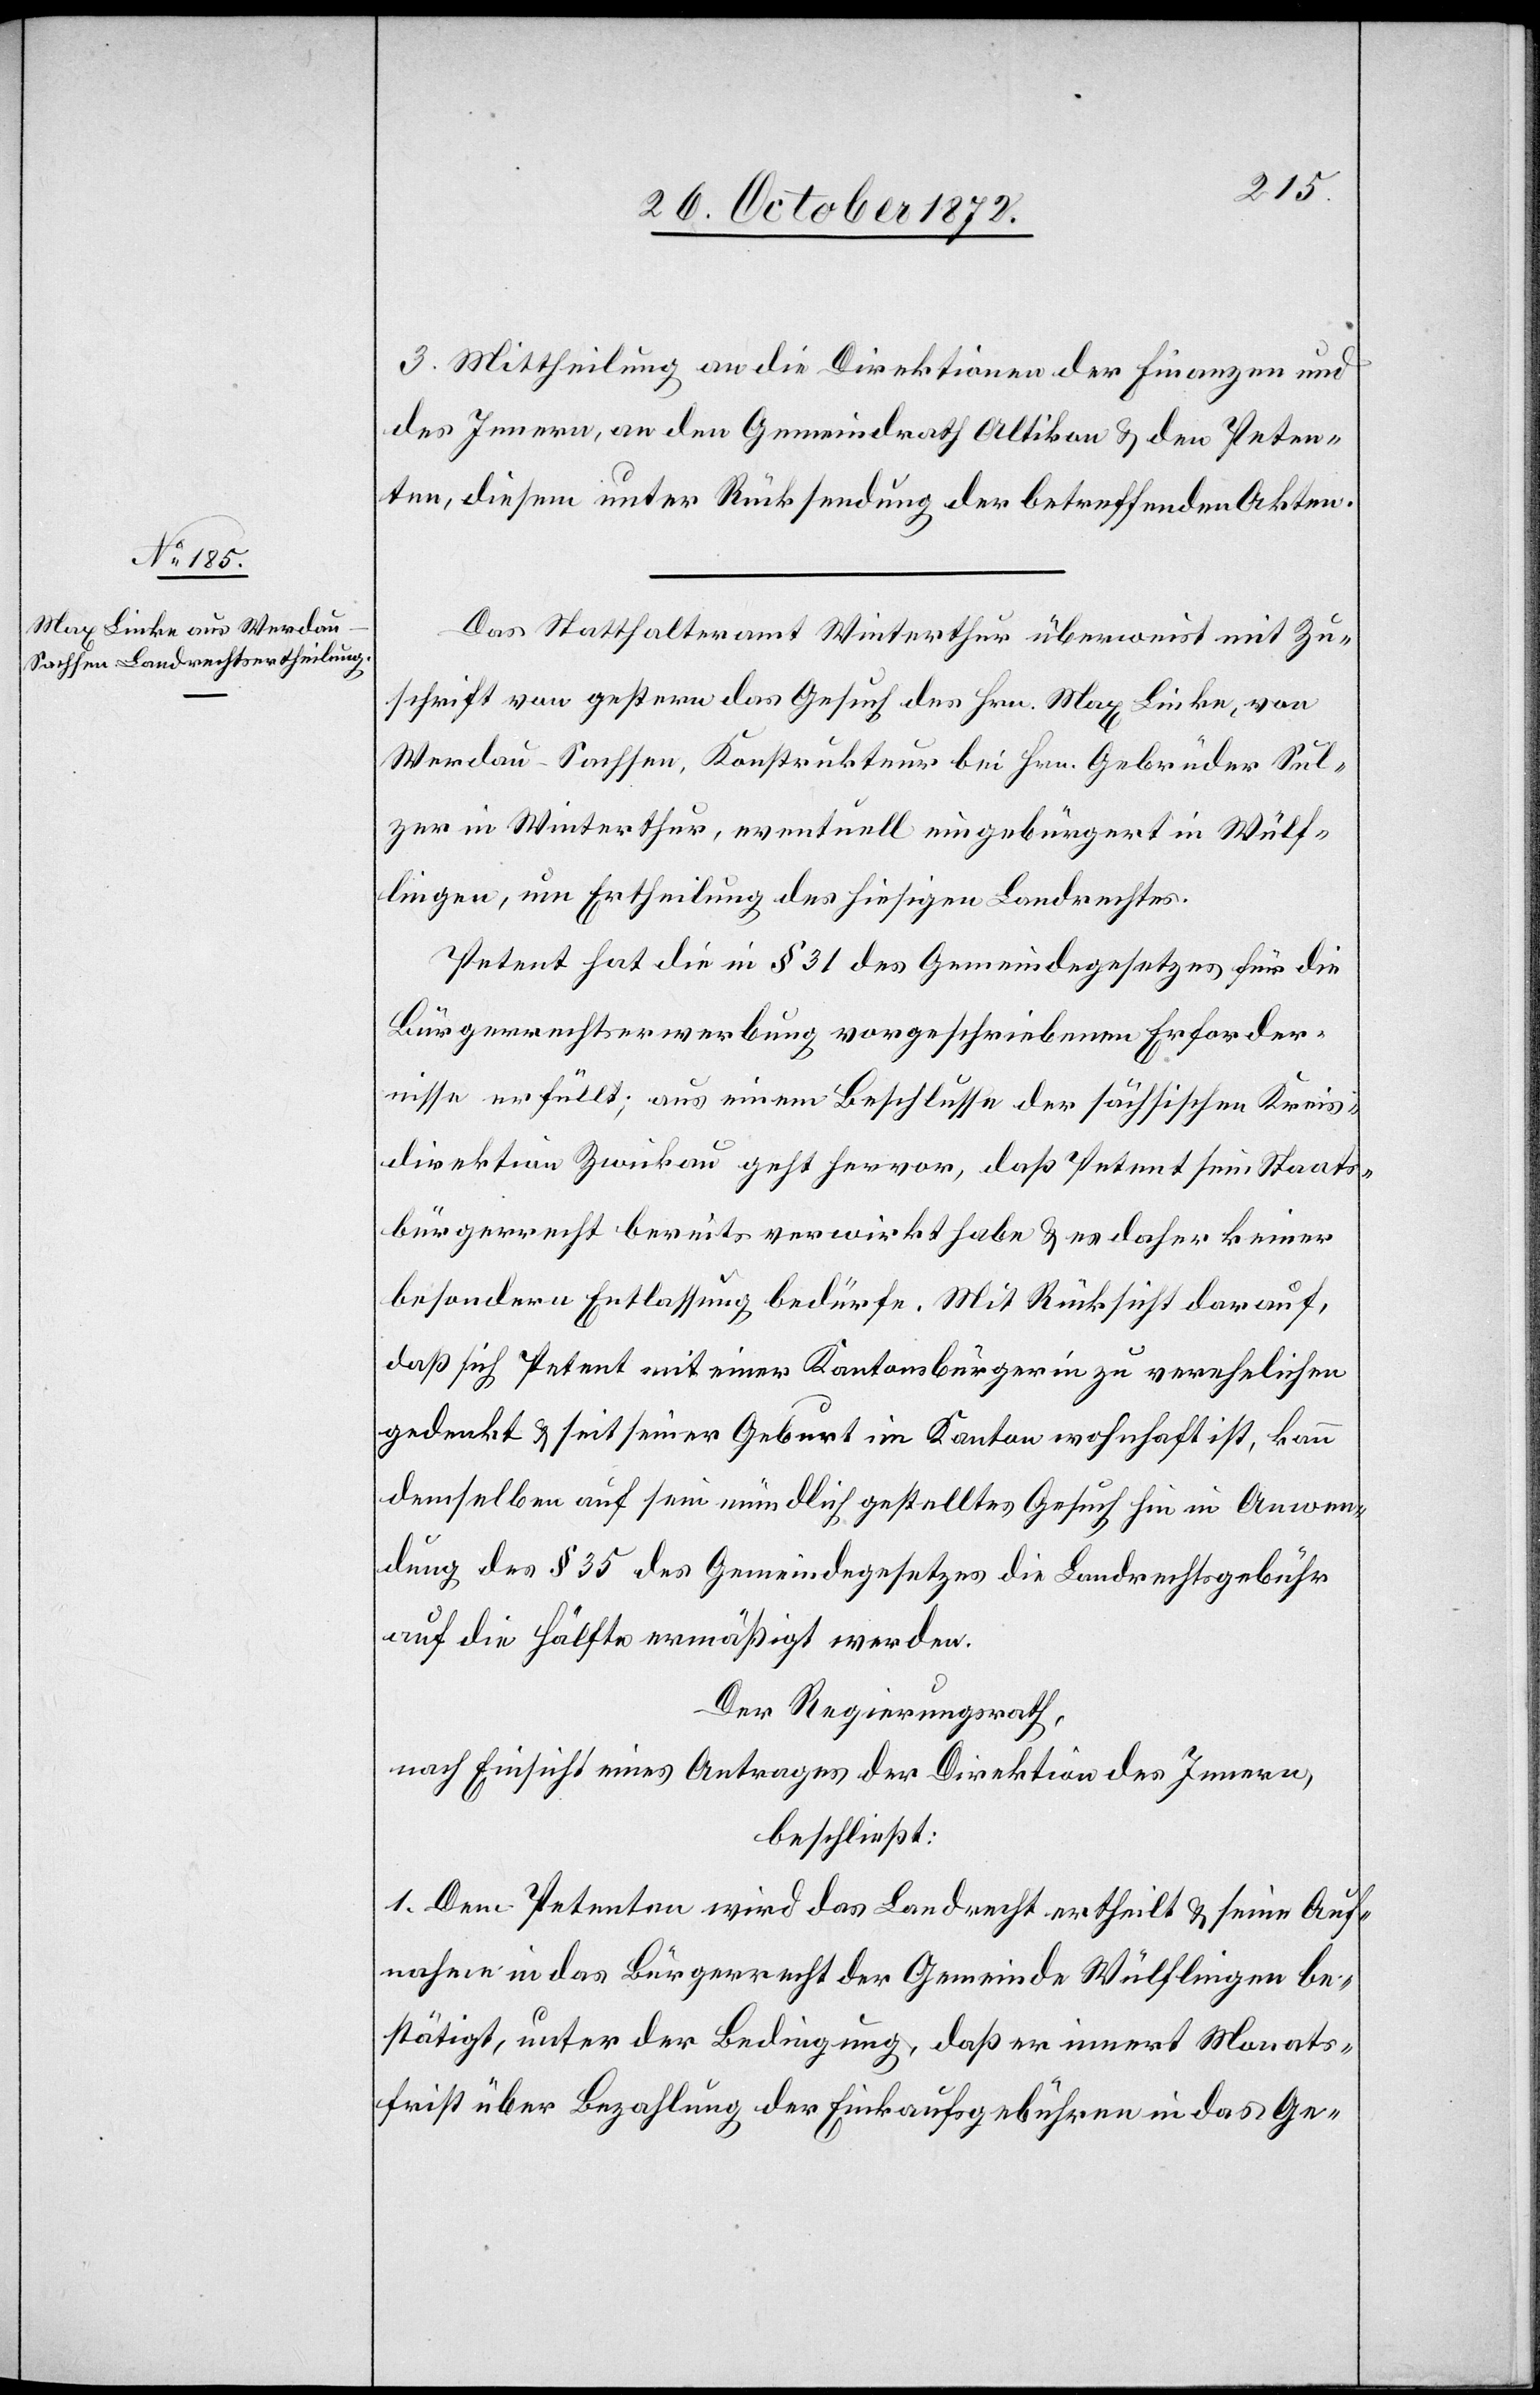
3. Mittheilung an die Direktionen der Finanzen und
des Innern, an den Gemeindrath Altikon u. den Peten¬
ten, diesem unter Rücksendung der betreffenden Akten.
Das Statthalteramt Winterthur überweist mit Zu¬
schrift von gestern das Gesuch des Hrn. Max Linke, von
Werdau-Sachsen, Konstrukteur bei Hrn. Gebrüder Sul¬
zer in Winterthur, eventuell eingebürgert in Wülf¬
lingen, um Ertheilung des hiesigen Landrechtes.
Petent hat die in § 31 des Gemeindegesetzes für die
Bürgerrechtserwerbung vorgeschriebenen Erforder¬
nisse erfüllt; aus einem Beschlusse der sächsischen Kreis¬
direktion Zwickau geht hervor, daß Petent sein Staats¬
bürgerrecht bereits verwirkt habe u. es daher keine
besondern Entlassung bedürfe. Mit Rücksicht darauf,
daß sich Petent mit einer Kantonsbürgerin zu verehelichen
gedenkt u. seit seiner Geburt im Kanton wohnhaft ist, kann
demselben auf sein mündlich gestelltes Gesuch hin in Anwen¬
dung des § 35 des Gemeindegesetzes die Landrechtsgebühr
auf die Hälfte ermäßigt werden.
Der Regierungsrath,
nach Einsicht eines Antrages der Direktion des Innern,
beschließt:
1. Dem Petenten wird das Landrecht ertheilt u. seine Auf¬
nahme in das Bürgerrecht der Gemeinde Wülflingen be¬
stätigt, unter der Bedingung, daß er innert Monats¬
frist über Bezahlung der Einkaufsgebühren in das Ge-